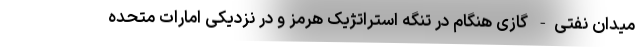
میدان نفتی- گازی هنگام در تنگه استراتژیک هرمز و در نزدیکی امارات متحده